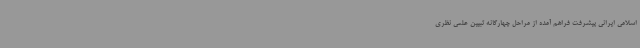
اسلامی ایرانی پیشرفت فراهم آمده از مراحل چهارگانه تبیین علمی نظری